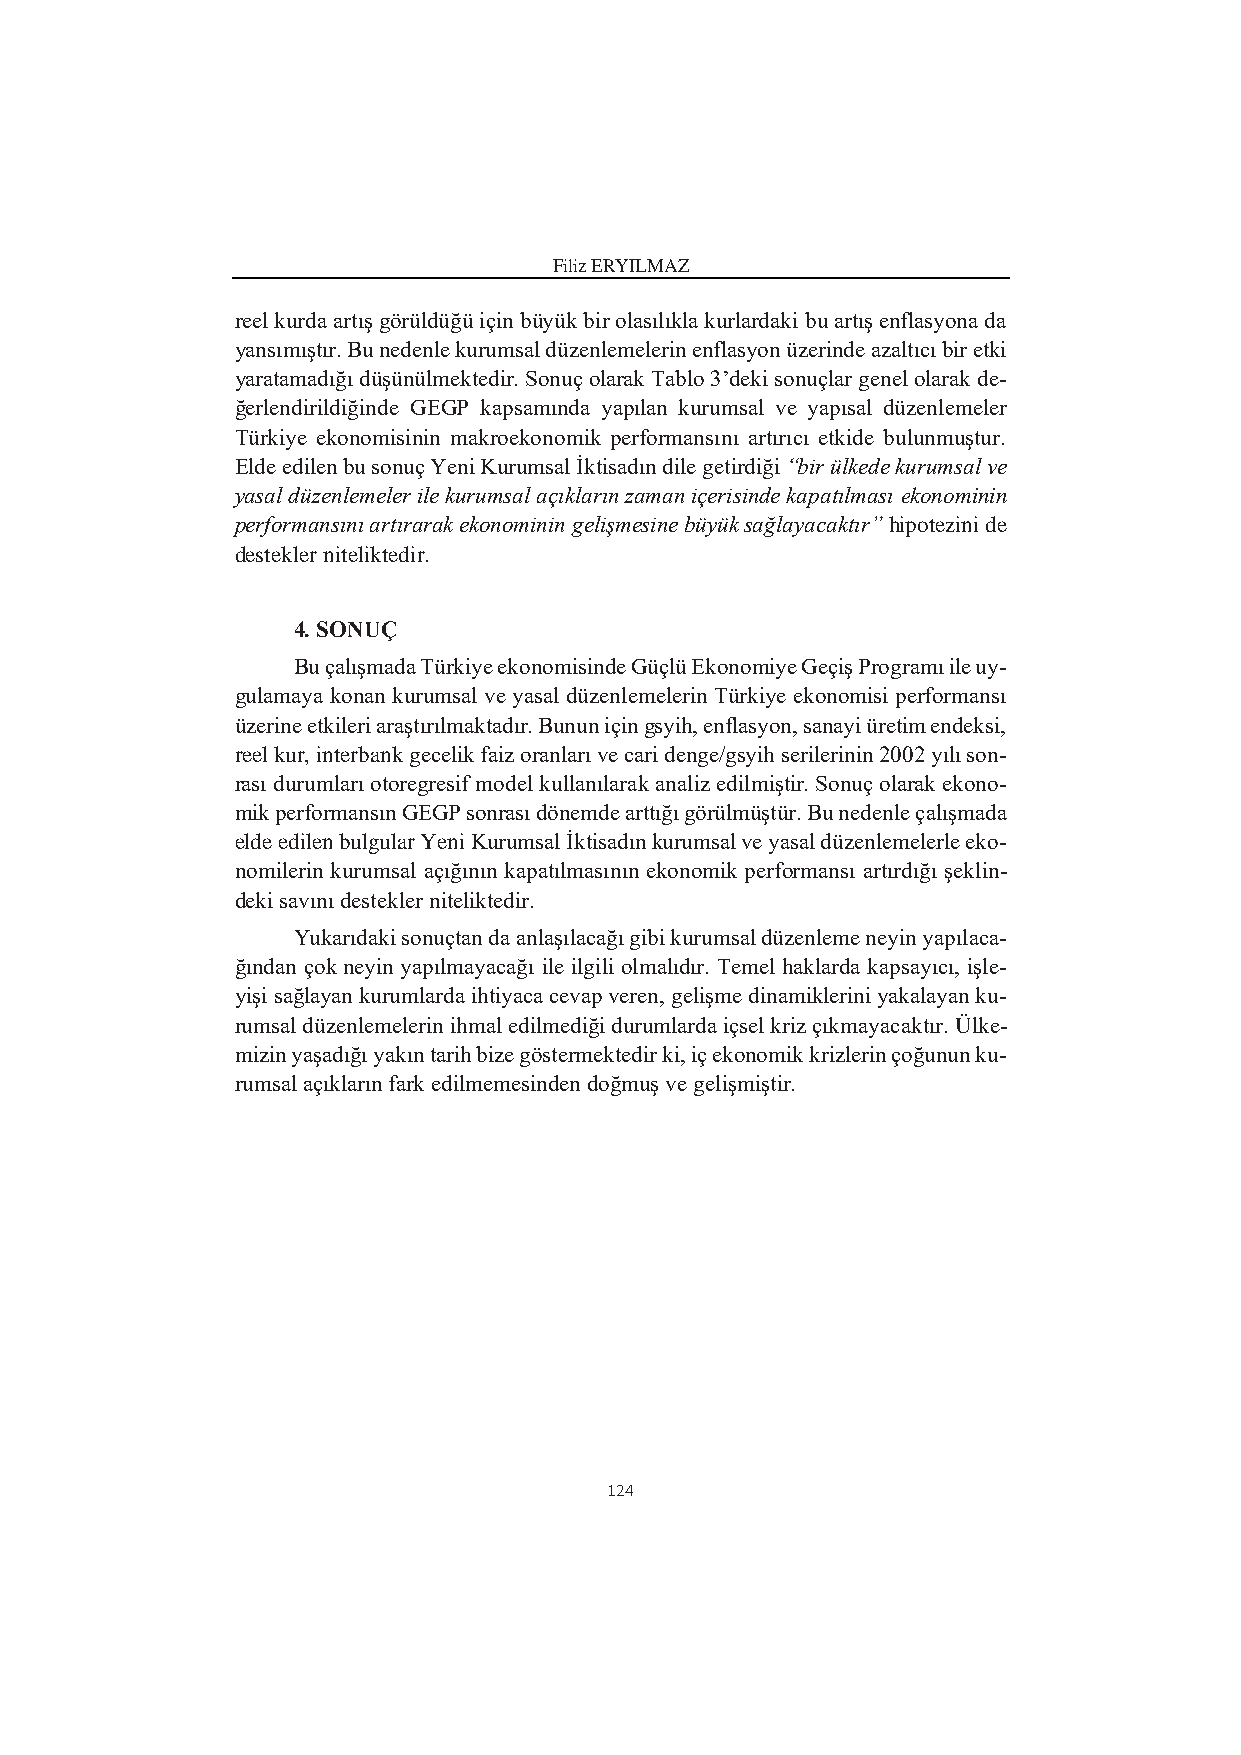
Filiz ERYILMAZ
 reel kurda artış görüldüğü için büyük bir olasılıkla kurlardaki bu artış enflasyona da
 yansımıştır. Bu nedenle kurumsal düzenlemelerin enflasyon üzerinde azaltıcı bir etki
 yaratamadığı düşünülmektedir. Sonuç olarak Tablo 3’deki sonuçlar genel olarak de-
 ğerlendirildiğinde GEGP kapsamında yapılan kurumsal ve yapısal düzenlemeler
 Türkiye ekonomisinin makroekonomik performansını artırıcı etkide bulunmuştur.
 Elde edilen bu sonuç Yeni Kurumsal İktisadın dile getirdiği “bir ülkede kurumsal ve
 yasal düzenlemeler ile kurumsal açıkların zaman içerisinde kapatılması ekonominin
 performansını artırarak ekonominin gelişmesine büyük sağlayacaktır” hipotezini de
 destekler niteliktedir.
 4. SONUÇ
 Bu çalışmada Türkiye ekonomisinde Güçlü Ekonomiye Geçiş Programı ile uy-
 gulamaya konan kurumsal ve yasal düzenlemelerin Türkiye ekonomisi performansı
 üzerine etkileri araştırılmaktadır. Bunun için gsyih, enflasyon, sanayi üretim endeksi,
 reel kur, interbank gecelik faiz oranları ve cari denge/gsyih serilerinin 2002 yılı son-
 rası durumları otoregresif model kullanılarak analiz edilmiştir. Sonuç olarak ekono-
 mik performansın GEGP sonrası dönemde arttığı görülmüştür. Bu nedenle çalışmada
 elde edilen bulgular Yeni Kurumsal İktisadın kurumsal ve yasal düzenlemelerle eko-
 nomilerin kurumsal açığının kapatılmasının ekonomik performansı artırdığı şeklin-
 deki savını destekler niteliktedir.
 Yukarıdaki sonuçtan da anlaşılacağı gibi kurumsal düzenleme neyin yapılaca-
 ğından çok neyin yapılmayacağı ile ilgili olmalıdır. Temel haklarda kapsayıcı, işle-
 yişi sağlayan kurumlarda ihtiyaca cevap veren, gelişme dinamiklerini yakalayan ku-
 rumsal düzenlemelerin ihmal edilmediği durumlarda içsel kriz çıkmayacaktır. Ülke-
 mizin yaşadığı yakın tarih bize göstermektedir ki, iç ekonomik krizlerin çoğunun ku-
 rumsal açıkların fark edilmemesinden doğmuş ve gelişmiştir.
 124